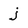
Character: j